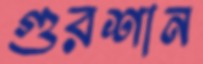
গুরশান